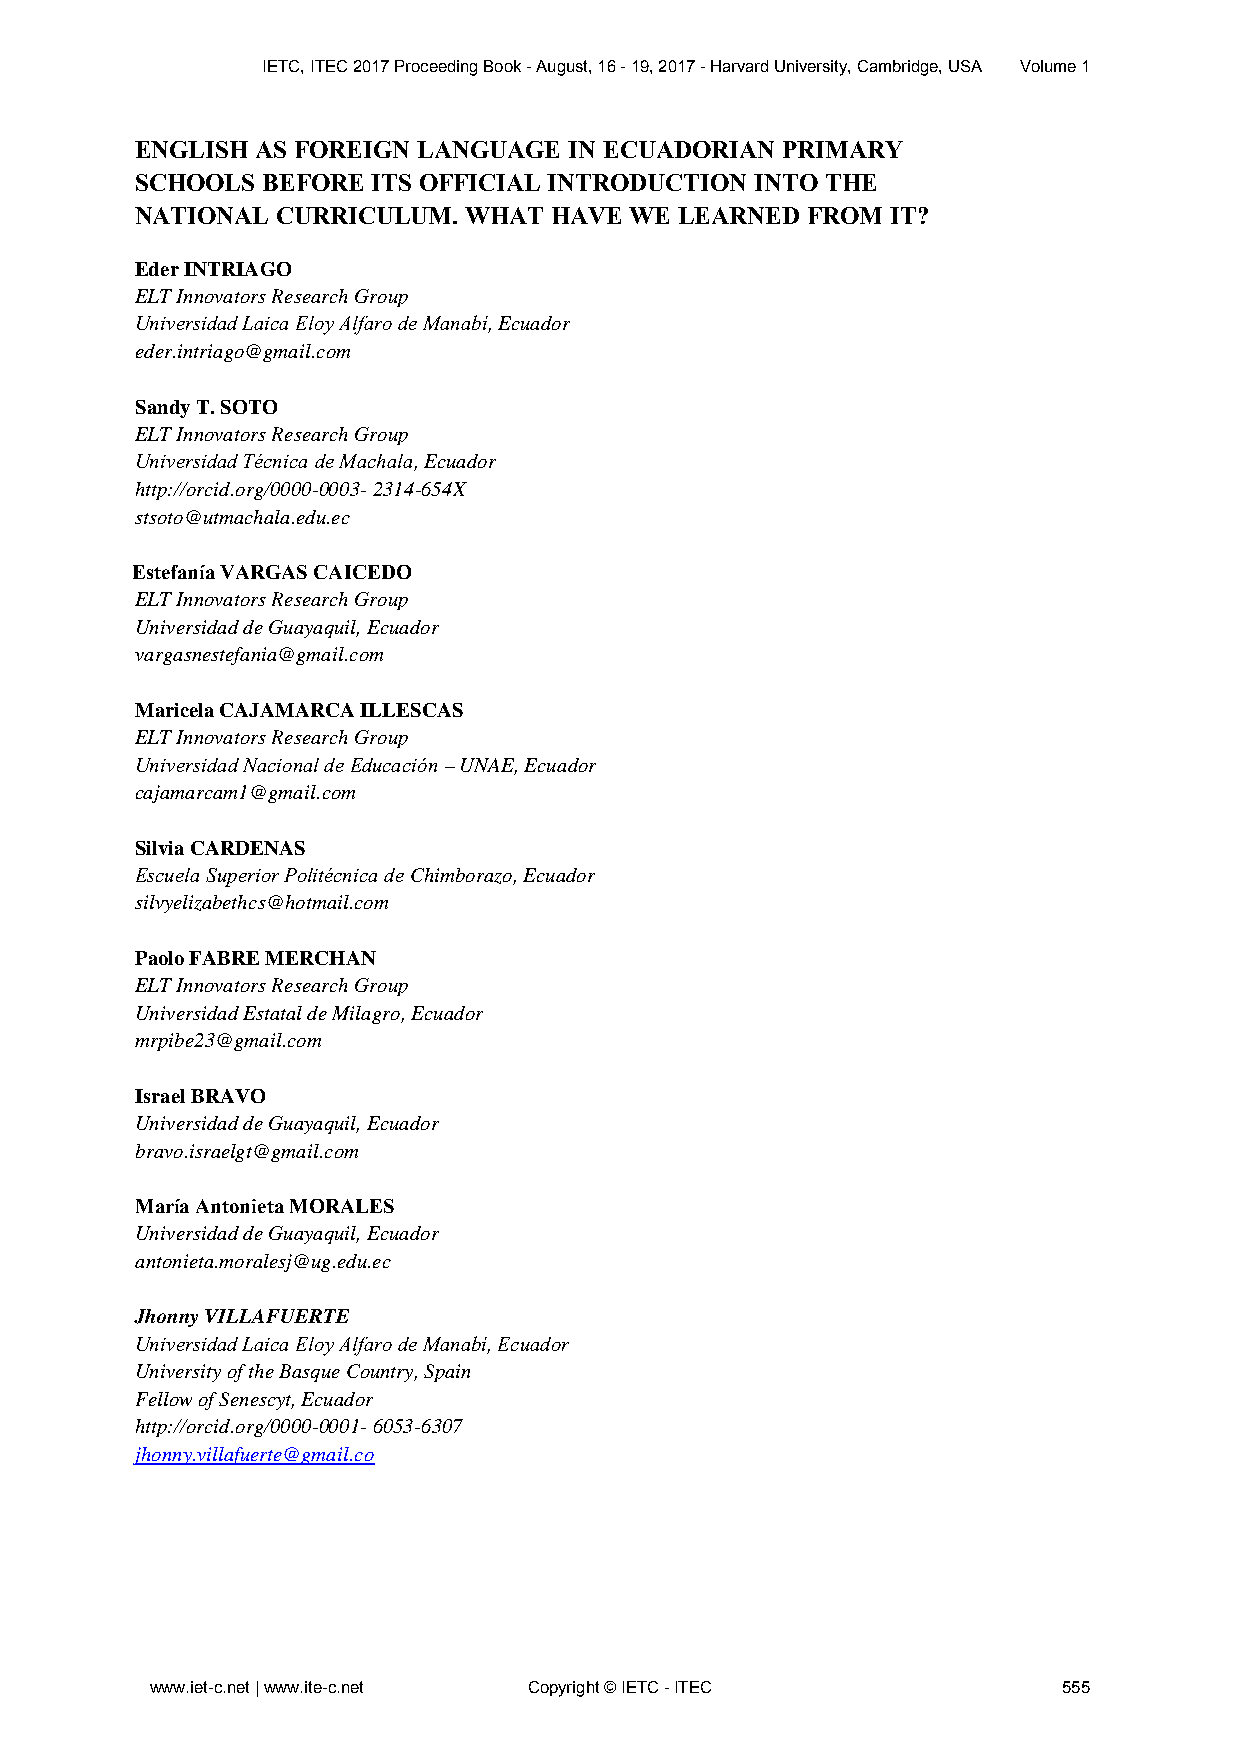
IETC, ITEC 2017 Proceeding Book - August, 16 - 19, 2017 - Harvard University, Cambridge, USA Volume 1
 ENGLISH AS FOREIGN LANGUAGE  IN ECUADORIAN PRIMARY
 SCHOOLS BEFORE  ITS OFFICIAL INTRODUCTION INTO THE
 NATIONAL CURRICULUM.  WHAT  HAVE WE LEARNED FROM  IT?
 Eder INTRIAGO
 ELT Innovators Research Group
 Universidad Laica Eloy Alfaro de Manabí, Ecuador
 eder.intriago@gmail.com
 Sandy T. SOTO
 ELT Innovators Research Group
 Universidad Técnica de Machala, Ecuador
 http://orcid.org/0000-0003- 2314-654X
 stsoto@utmachala.edu.ec
 Estefanía VARGAS CAICEDO
 ELT Innovators Research Group
 Universidad de Guayaquil, Ecuador
 vargasnestefania@gmail.com
 Maricela CAJAMARCA ILLESCAS
 ELT Innovators Research Group
 Universidad Nacional de Educación – UNAE, Ecuador
 cajamarcam1@gmail.com
 Silvia CARDENAS
 Escuela Superior Politécnica de Chimborazo, Ecuador
 silvyelizabethcs@hotmail.com
 Paolo FABRE MERCHAN
 ELT Innovators Research Group
 Universidad Estatal de Milagro, Ecuador
 mrpibe23@gmail.com
 Israel BRAVO
 Universidad de Guayaquil, Ecuador
 bravo.israelgt@gmail.com
 María Antonieta MORALES
 Universidad de Guayaquil, Ecuador
 antonieta.moralesj@ug.edu.ec
 Jhonny VILLAFUERTE
 Universidad Laica Eloy Alfaro de Manabí, Ecuador
 University of the Basque Country, Spain
 Fellow of Senescyt, Ecuador
 http://orcid.org/0000-0001- 6053-6307
 jhonny.villafuerte@gmail.co
 www.iet-c.net | www.ite-c.net Copyright © IETC - ITEC       555